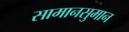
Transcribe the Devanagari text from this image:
सामानसुमान